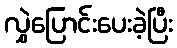
လွှဲပြောင်းပေးခဲ့ပြီး